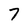
Character: 7